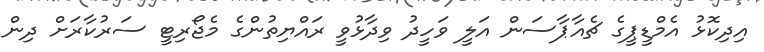
އިދިކޮޅު އެމްޑީޕީގެ ޗެއާޕާސަން އަލީ ވަހީދު ވިދާޅުވީ ރައްޔިތުންގެ މެޖޯރިޓީ ސަރުކާރަށް ދިން